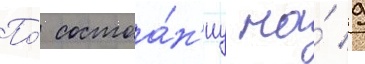
По́ состоа́н'иу на́ 9